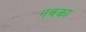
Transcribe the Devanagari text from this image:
नवका